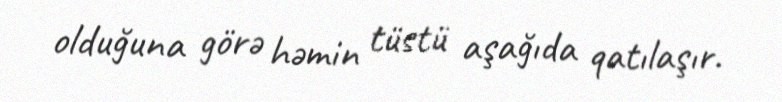
olduğuna görə həmin tüstü aşağıda qatılaşır.